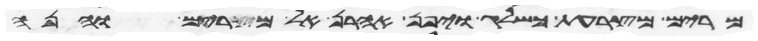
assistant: מרים מצרעת כשלג ויפן אהרן אל מרים והנה